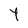
Character: Y